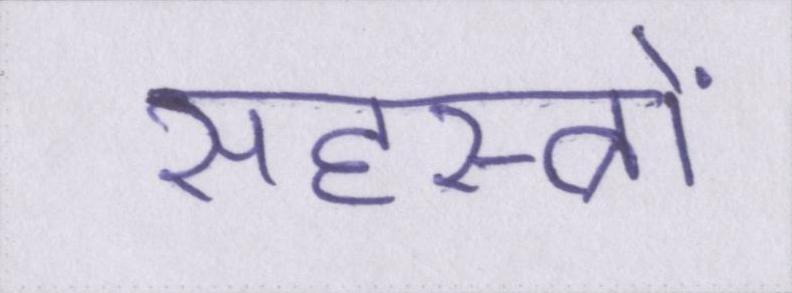
सहस्त्रों